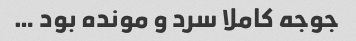
جوجه کاملا سرد و مونده بود …